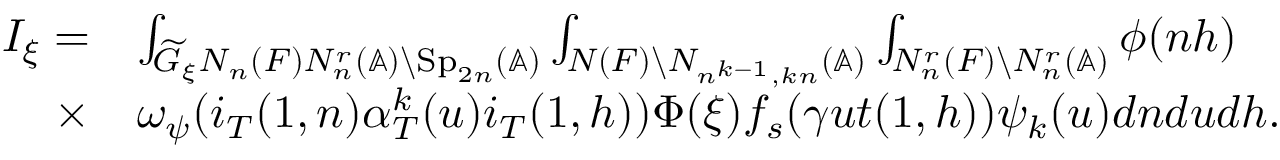
\begin{array} { r l } { I _ { \xi } = } & { \int _ { \widetilde { G } _ { \xi } N _ { n } ( F ) N _ { n } ^ { r } ( \mathbb { A } ) \backslash \mathrm { S p } _ { 2 n } ( \mathbb { A } ) } \int _ { N ( F ) \backslash N _ { n ^ { k - 1 } , k n } ( \mathbb { A } ) } \int _ { N _ { n } ^ { r } ( F ) \backslash N _ { n } ^ { r } ( \mathbb { A } ) } \phi ( n h ) } \\ { \times } & { \omega _ { \psi } ( i _ { T } ( 1 , n ) \alpha _ { T } ^ { k } ( u ) i _ { T } ( 1 , h ) ) \Phi ( \xi ) f _ { s } ( \gamma u t ( 1 , h ) ) \psi _ { k } ( u ) d n d u d h . } \end{array}